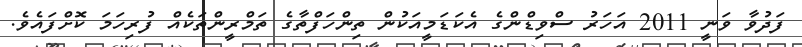
ފަދުވާ ވަނީ 2011 އަހަރު ސްވިޑްންގެ އެކަޑަމީއަކުން ތިންހަފްތާގެ ތަމްރީންތަކެއް ފުރިހަމަ ކޮށްފައެވެ.